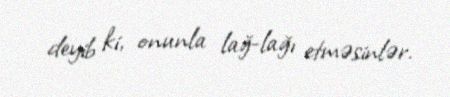
deyib ki, onunla lağ-lağı etməsinlər.